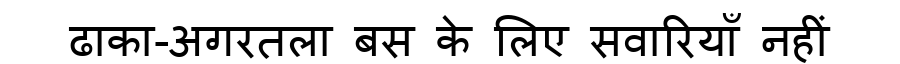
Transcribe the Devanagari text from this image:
ढाका-अगरतला बस के लिए सवारियाँ नहीं